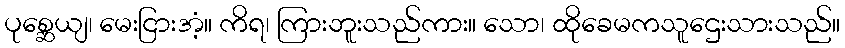
ပုစ္ဆေယျ၊ မေးငြားအံ့။ ကိရ၊ ကြားဘူးသည်ကား။ သော၊ ထိုခေမကသူဌေးသားသည်။